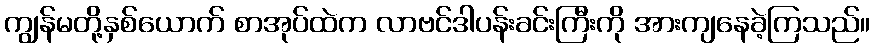
ကျွန်မတို့နှစ်ယောက် စာအုပ်ထဲက လာဗင်ဒါပန်းခင်းကြီးကို အားကျနေခဲ့ကြသည်။